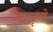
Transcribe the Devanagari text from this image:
न्यच्छन्नृभ्यो